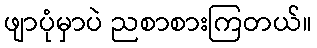
ဖျာပုံမှာပဲ ညစာစားကြတယ်။